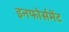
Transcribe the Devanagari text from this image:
इनफोर्समेंट